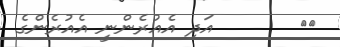
٢٧       އަދި އެއުރެންނީ އެއުރެންގެ